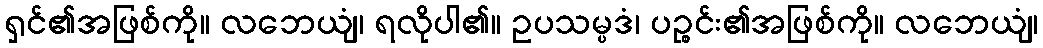
ရှင်၏အဖြစ်ကို။ လဘေယျံ၊ ရလိုပါ၏။ ဥပသမ္ပဒံ၊ ပဉ္စင်း၏အဖြစ်ကို။ လဘေယျံ၊